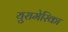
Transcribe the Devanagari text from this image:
युरामेरिका